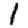
Digit: 1